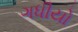
ગધીયો